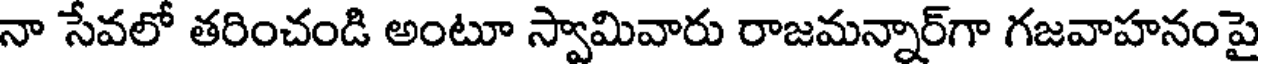
నా సేవలో తరించండి అంటూ స్వామివారు రాజమన్నార్గా గజవాహనంపై